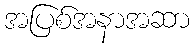
အပြစ်အနာအဆာ